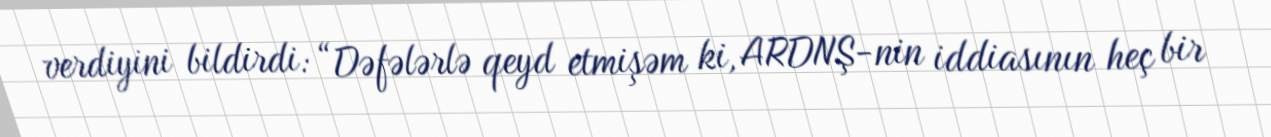
verdiyini bildirdi: “Dəfələrlə qeyd etmişəm ki, ARDNŞ-nin iddiasının heç bir